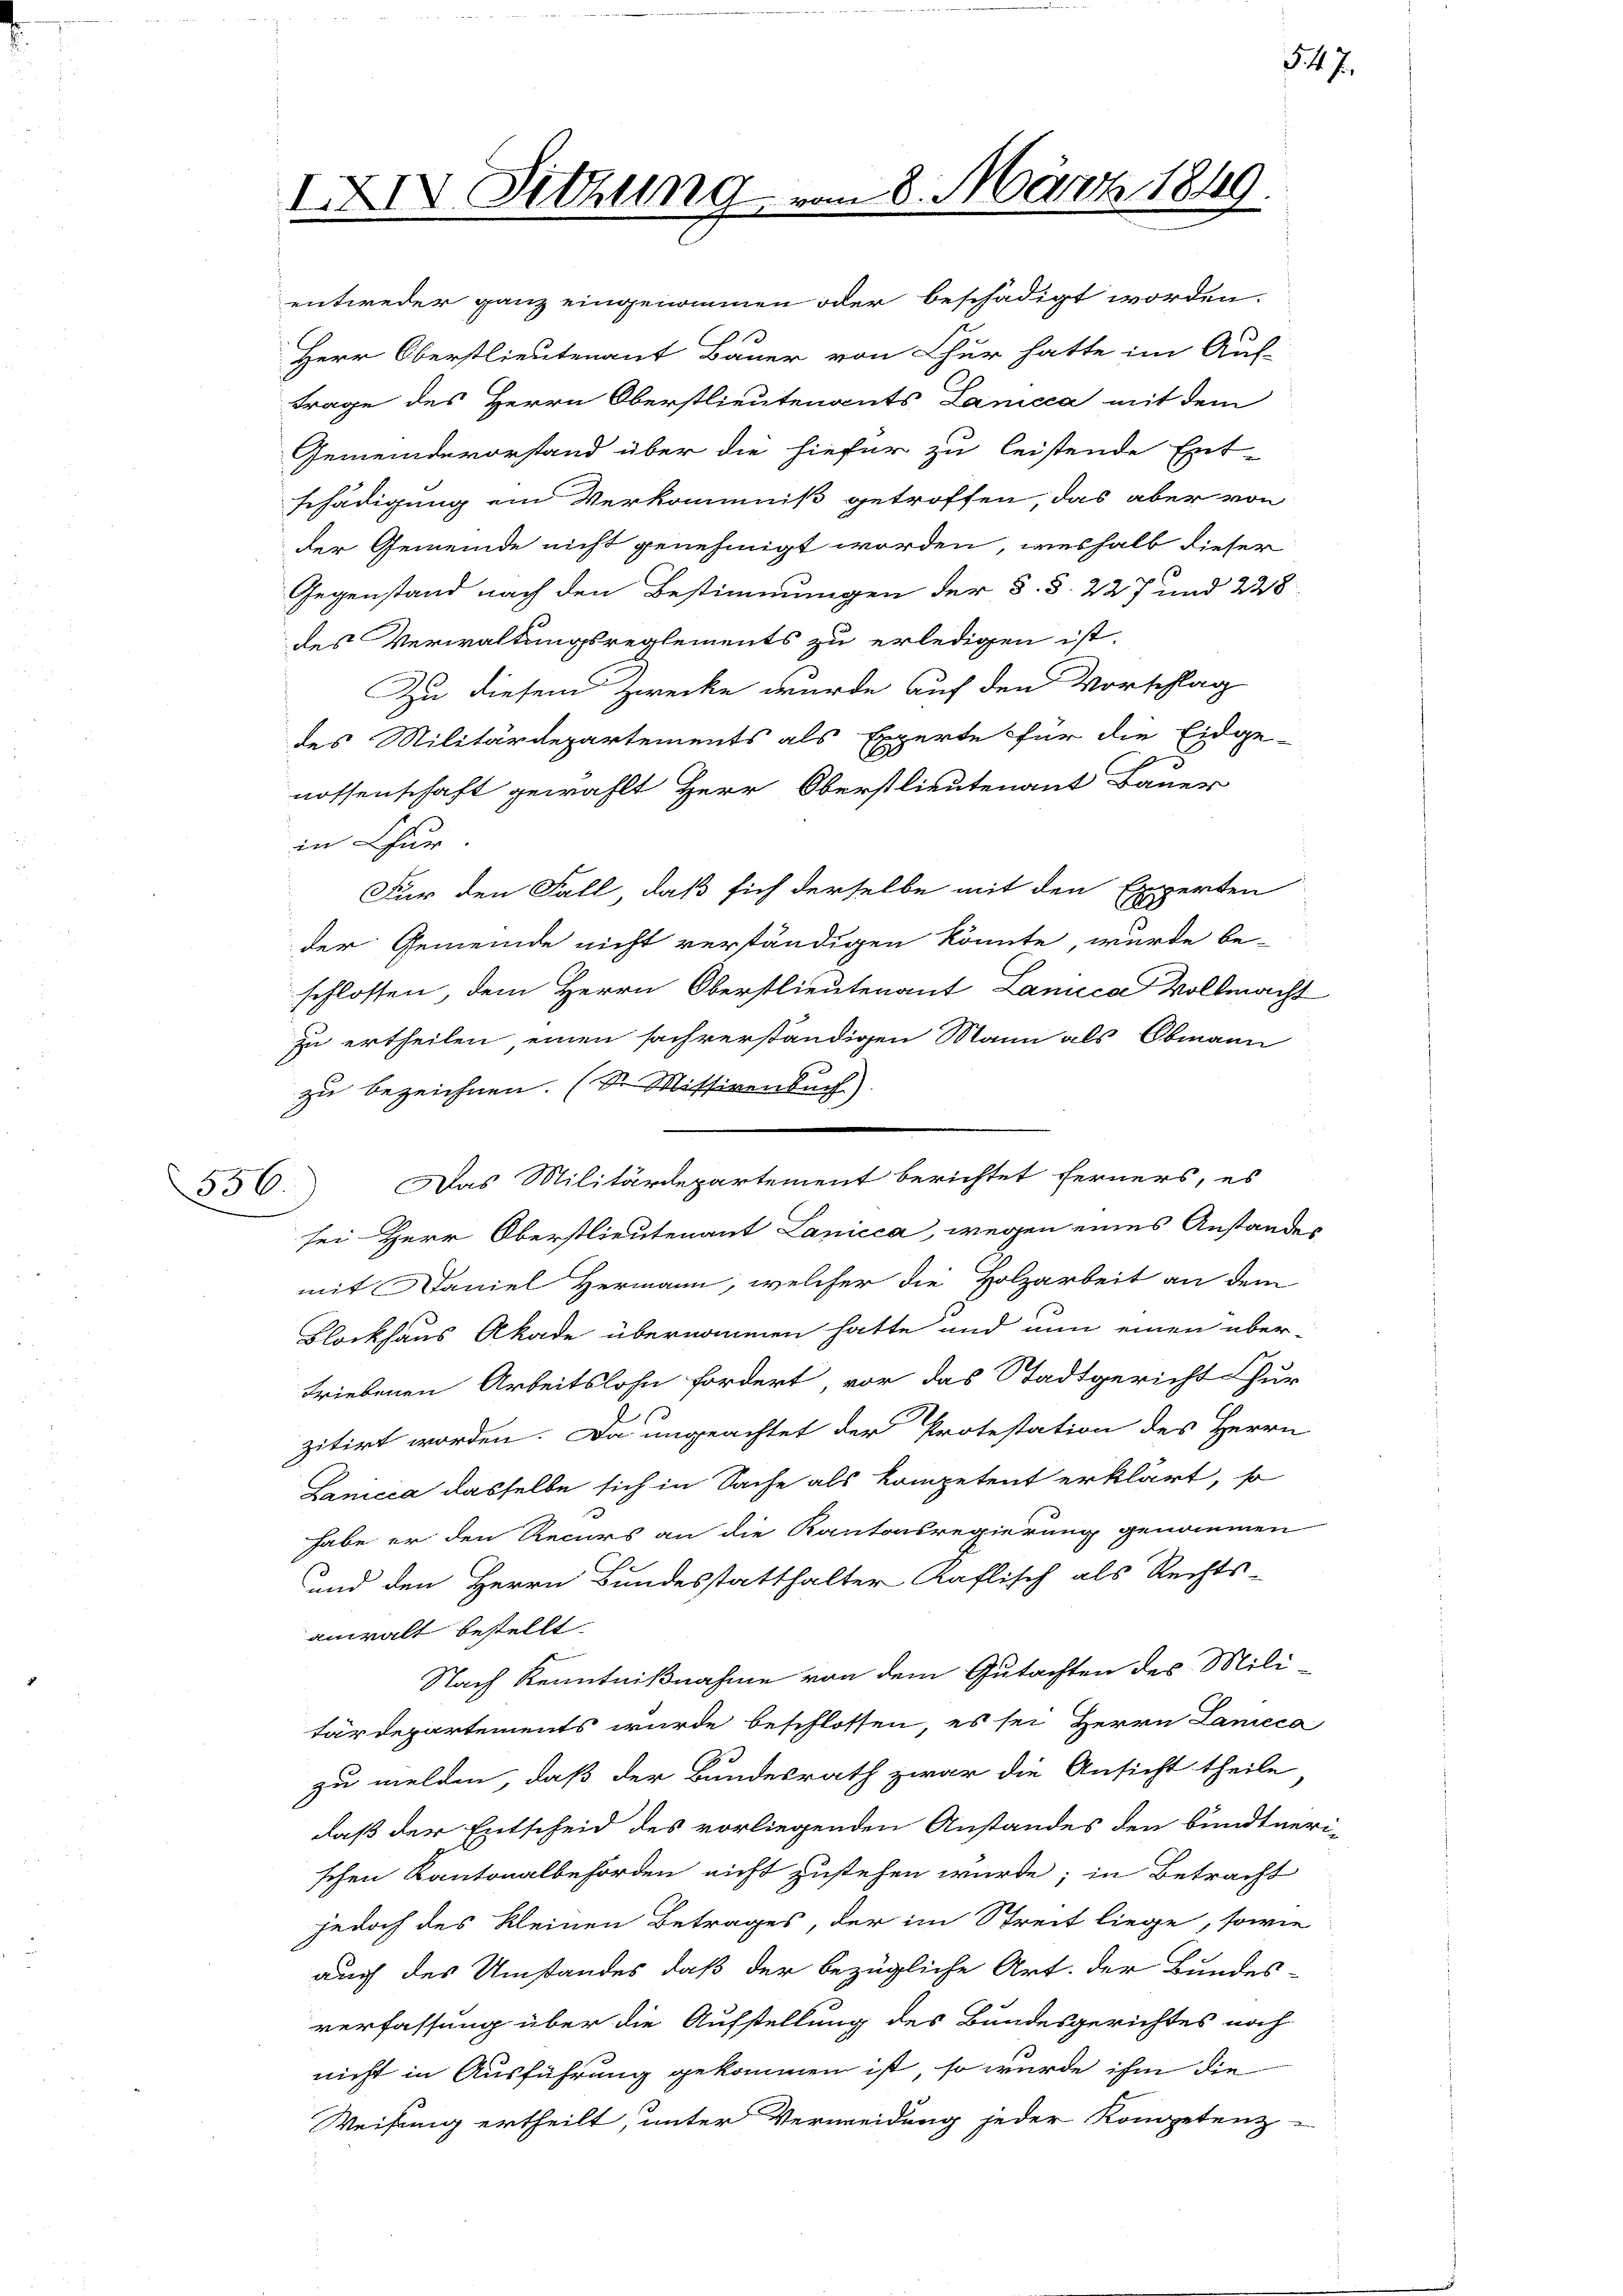
IXIV Sitzung

Gemeindevorstand über die hiefür zu leistende Ent-
schädigung ein Verkommiß getroffen, das aber von
der Gemeinde nicht genehmigt worden, weshalb dieser
Gegenstand nach den Bestimmungen der §. §. 227 und 228
des Verwaltungsreglements zu erledigen ist.
Zu diesem Zwecke wurde auf den Vorschlag
des Militärdepartements als Experte für die Eidge-
nossenschaft gewählt Herr Oberstlieutenant Bauer
in Chur
Für den Fall, daß sich derselbe mit den Experten
der Gemeinde nicht verständigen könnte, wurde be-
schlossen, dem Herrn Oberstlieutenant Lamica Vollmacht
zu ertheilen einen sachverständigen Mann als Obmann
zu bezeichnen. (Dr. Missivenbuch)
¬
sei- Herr Oberstlieutenant Lanicca, wegen eines Anstandes
mit Daniel Hermann, welcher die Holzarbeit an dem
Blockhaus Akade übernommen hatte und nun einen über-
triebenen Arbeitslohn fordert vor das Stadtgericht ur
zitirt worden. Da ungeachtet der Protestation des Herrn
Lanicca dasselbe sich in Sache als kompetent erklärt, so
habe er den Recurs an die Kantonsregierung genommen
und den Herrn Bundesstatthalter Kaflisch als Rechts-
anwalt bestellt.
Nach Kenntnißnahme von dem Gutachten des Mili-
tärdepartements wurde beschlossen, es sei Herrn Lanicca
zu melden, daß der Bundesrath zwar die Ansicht theile
daß der Entscheid des vorliegenden Anstandes den bundtneri-
schen Kantonalbehörden nicht zustehen würde; in Betracht
jedoch des Kleinen Betrages, der im Streit liege, sowie
auch des Umstandes, daß der bezügliche Art. der Bundes-
verfassung über die Aufstellung des Bundesgerichtes noch
nicht in Ausführung gekommen ist, so wurde ihm die
Weisung ertheilt, unter Vermeidung jeder Kompetenz-

entweder ganz eingenommen oder beschädigt worden.
Herr Oberstlieutenant Bauer von Chur hatte im Aus-
Frage des Herrn Oberstlieutenants Lanicca mit dem

556. Das Militärdepartement berichtet ferners, es

m 8. März 1849.

5. 47.